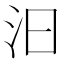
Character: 汩